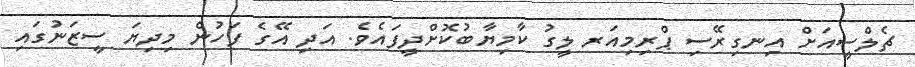
ޗެލްސީއަށް އިނގިރޭސި ޕްރިމިއަރ ލީގު ކާމިޔާބުކޮށްދީފައެވެ. އަދި އޭގެ ފަހުން މިދިޔަ ސީޒަނުގައި